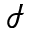
\mathcal { I }